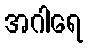
အဂါရေ